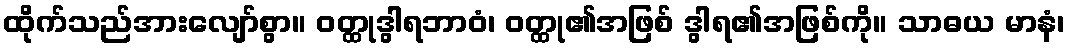
ထိုက်သည်အားလျော်စွာ။ ဝတ္ထုဒွါရဘာဝံ၊ ဝတ္ထု၏အဖြစ် ဒွါရ၏အဖြစ်ကို။ သာဓယ မာနံ၊